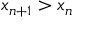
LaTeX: x _ { n + 1 } > x _ { n }